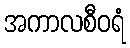
အကာလစီဝရံ